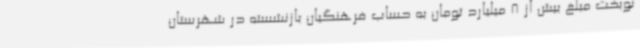
نوبخت مبلغ بیش از 8 میلیارد تومان به حساب فرهنگیان بازنشسته در شهرستان